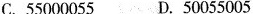
C. 55000055 D. 50055005